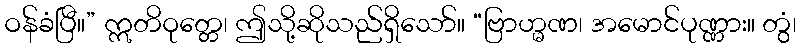
ဝန်ခံပြီ။” ဣတိဝုတ္တေ၊ ဤသို့ဆိုသည်ရှိသော်။ “ဗြာဟ္မဏ၊ အမောင်ပုဏ္ဏား။ တွံ၊